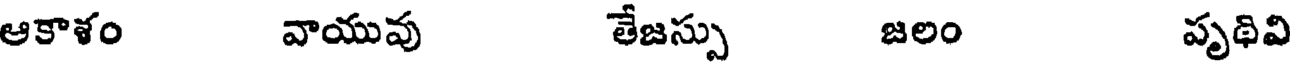
ఆకాళం వాయువు తేజస్సు జలం పృథివి